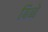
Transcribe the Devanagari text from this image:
बिब्बे